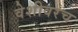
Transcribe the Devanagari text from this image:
वेशीवरच